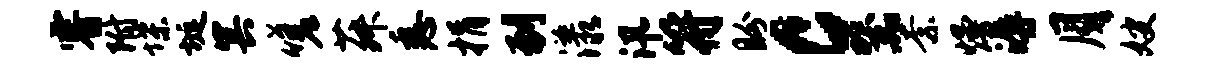
睿附堞埏冥嗟菽悉捐到漾汛符盼c器柰熳溽月嫂